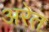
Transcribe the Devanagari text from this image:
अरेत